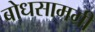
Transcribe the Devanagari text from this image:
बोधसामग्री